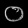
Digit: ၀